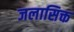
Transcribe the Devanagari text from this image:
जलासिक्त